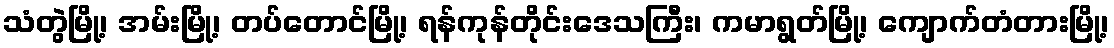
သံတွဲမြို့၊ အမ်းမြို့၊ တပ်တောင်မြို့၊ ရန်ကုန်တိုင်းဒေသကြီး၊ ကမာရွတ်မြို့၊ ကျောက်တံတားမြို့၊